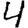
Digit: 4